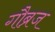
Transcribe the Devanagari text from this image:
गौब्रज